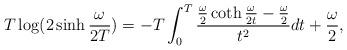
LaTeX: \begin{align*}T\log(2\sinh{\omega\over 2T})=-T\int_0^T {{\omega\over2}\coth{\omega\over 2t}-{\omega\over 2}\over t^2} dt+{\omega\over2} ,\end{align*}